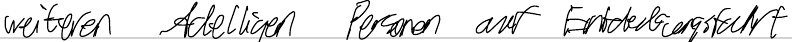
weiteren Adeligen Person auf Entdeckungsfahrt